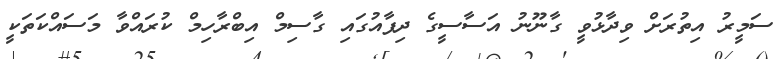
ސަމީރު އިތުރަށް ވިދާޅުވީ ގާނޫނު އަސާސީގެ ދިފާއުގައި ގާސިމް އިބްރާހިމް ކުރައްވާ މަސައްކަތަކީ